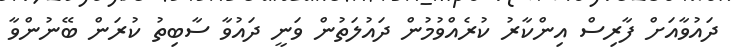
ދައުވާއަށް ފާރިސް އިންކާރު ކުރެއްވުމުން ދައުލަތުން ވަނީ ދައުވާ ސާބިތު ކުރަން ބޭނުންވާ